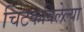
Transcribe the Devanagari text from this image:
चिटकविलेल्या